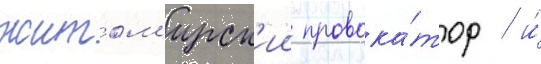
житом'ирск'ии провока́тор / и́